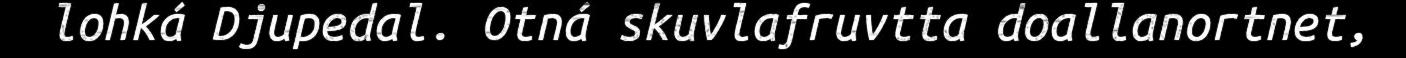
lohká Djupedal. Otná skuvlafruvtta doallanortnet,